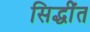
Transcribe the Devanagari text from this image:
सिद्धींत